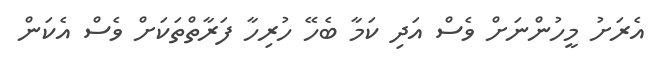
އެރަށު މީހުންނަށް ވެސް އަދި ކަމާ ބެހޭ ހުރިހާ ފަރާތްތަކަށް ވެސް އެކަން